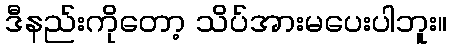
ဒီနည်းကိုတော့ သိပ်အားမပေးပါဘူး။